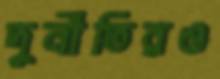
দুর্নীতিরও